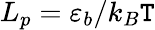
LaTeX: L_{p}=\varepsilon_{b}/k_{B}\mathtt{T}